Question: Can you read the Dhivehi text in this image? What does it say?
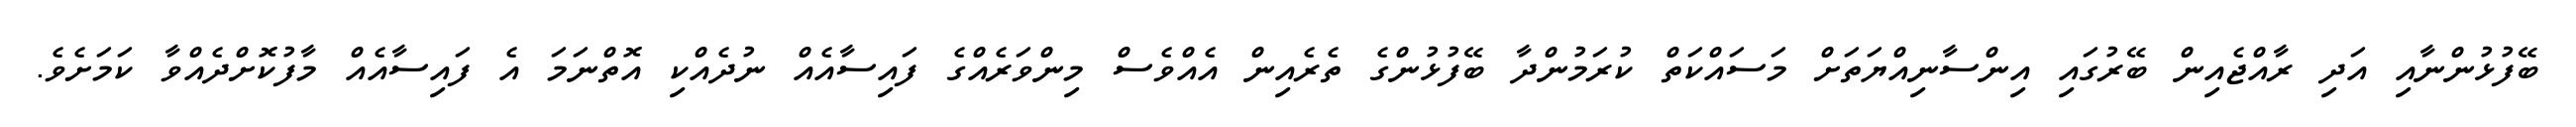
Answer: ބޭފުޅުންނާއި އަދި ރާއްޖެއިން ބޭރުގައި އިންސާނިއްޔަތަށް މަސައްކަތް ކުރަމުންދާ ބޭފުޅުންގެ ތެރެއިން އެއްވެސް މިންވަރެއްގެ ފައިސާއެއް ނުދެއްކި އޮތްނަމަ އެ ފައިސާއެއް މާފުކޮށްދެއްވާ ކަމަށެވެ.